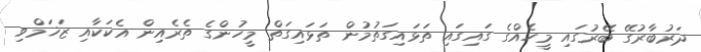
ދަރުބާރުގޭ ބޭރުގައި މީހެއްގެ ގައިގައި ތަޅައިގަތުމުން ތަޅައިގަތް މީހުންގެ ތެރެއިން އެކަކާއި ޒަޚަމްވި